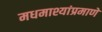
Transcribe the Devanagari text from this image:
मधमाश्यांप्रमाणे